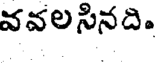
వవలసినది.